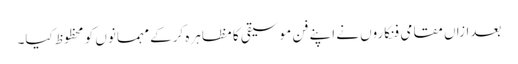
بعدازاں مقامی فنکاروں نے اپنے فن موسیقی کا مظاہرہ کرکے مہمانوں کو محظوظ کیا۔